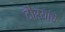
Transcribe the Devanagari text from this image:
दौर्‍यांचे